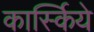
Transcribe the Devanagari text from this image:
कार्स्किये